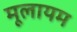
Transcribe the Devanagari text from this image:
मूलायम